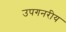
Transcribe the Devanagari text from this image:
उपगनरीय